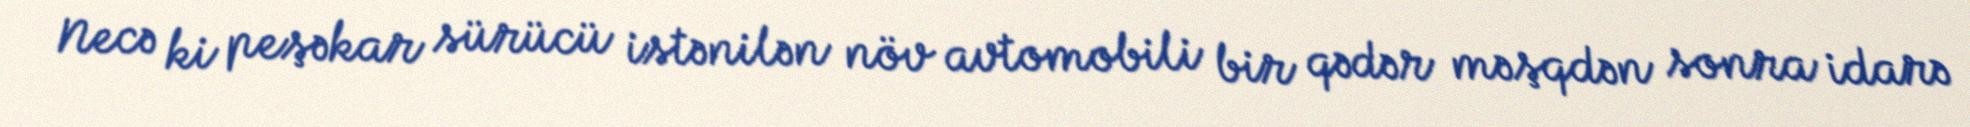
Necə ki peşəkar sürücü istənilən növ avtomobili bir qədər məşqdən sonra idarə